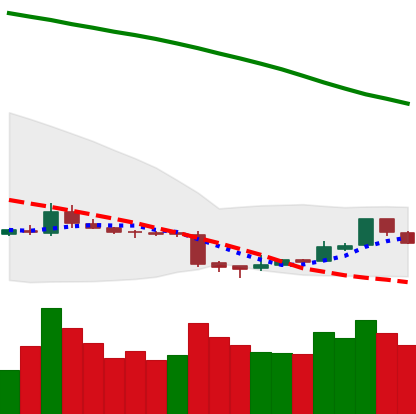
Ticker: ETC-USD
Chart end date: 2018-11-08
Forward return: -3.78%
Label: down_3_5